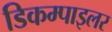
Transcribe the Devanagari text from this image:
डिकम्पाइलर